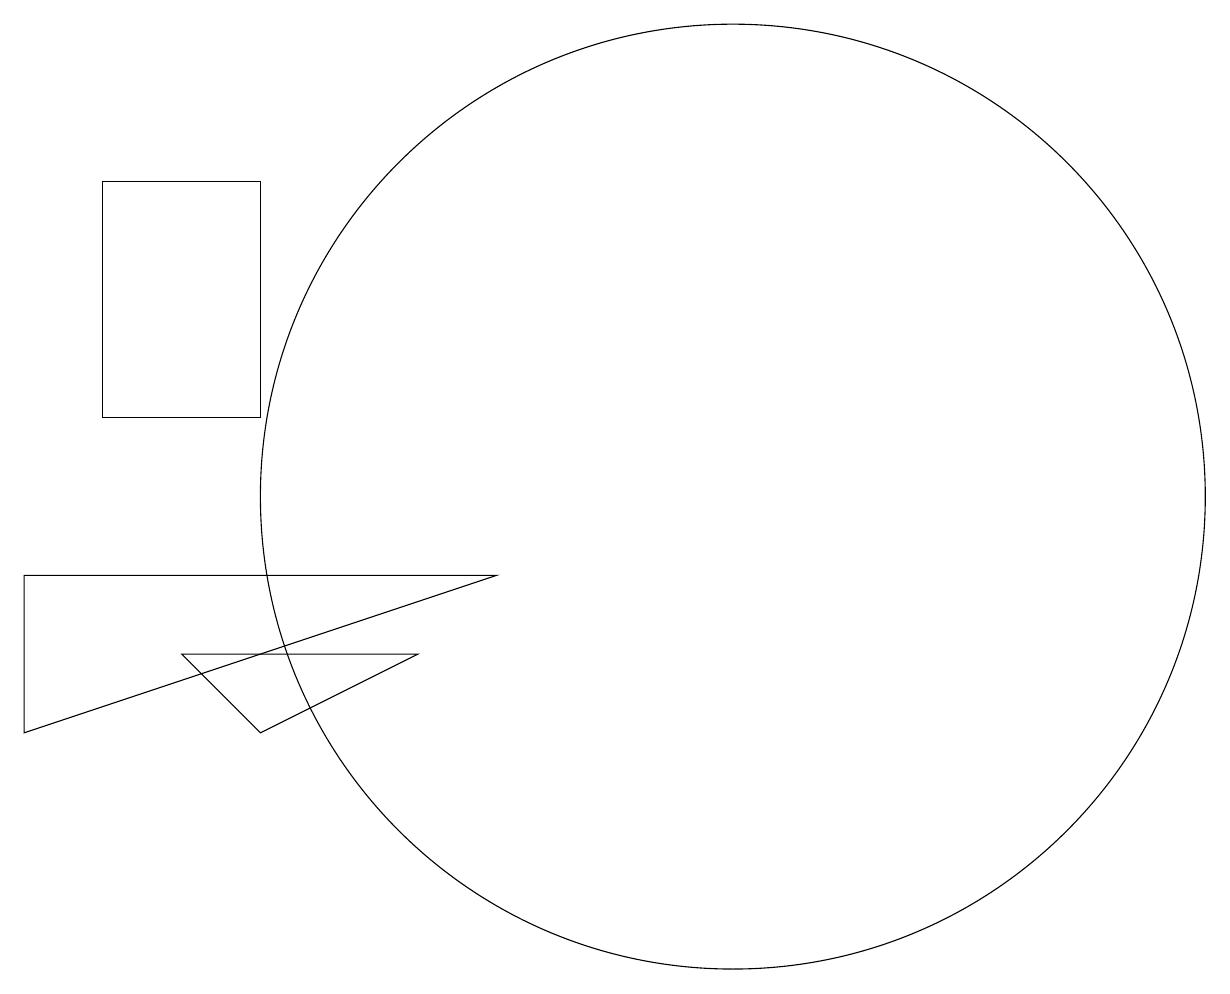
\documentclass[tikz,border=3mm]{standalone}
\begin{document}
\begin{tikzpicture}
\draw (6,14) rectangle (4,11);
\draw (12,10) circle (6);
\draw (3,9) -- (9,9) -- (3,7) -- cycle;
\draw (5,8) -- (8,8) -- (6,7) -- cycle;
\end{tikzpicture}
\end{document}